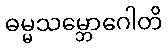
ဓမ္မသမ္ဘောဂေါတိ